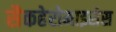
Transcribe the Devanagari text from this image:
सैकहेरोमाइसेस